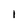
Character: 1